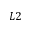
L 2